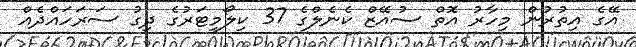
އޭގެ އިތުރުން މިހާރު އޮތް ސުއޭޒް ކެނެލްގެ 37 ކިލޯމީޓަރުގެ ދިގު ސަރަހައްދެއް